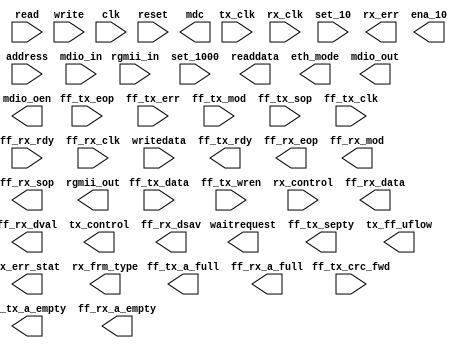
module tse_mac (
	ff_tx_data,
	ff_tx_eop,
	ff_tx_err,
	ff_tx_mod,
	ff_tx_sop,
	ff_tx_wren,
	ff_tx_clk,
	ff_rx_rdy,
	ff_rx_clk,
	address,
	read,
	writedata,
	write,
	clk,
	reset,
	rgmii_in,
	rx_control,
	tx_clk,
	rx_clk,
	set_10,
	set_1000,
	mdio_in,
	ff_tx_crc_fwd,
	ff_tx_rdy,
	ff_rx_data,
	ff_rx_dval,
	ff_rx_eop,
	ff_rx_mod,
	ff_rx_sop,
	rx_err,
	readdata,
	waitrequest,
	rgmii_out,
	tx_control,
	ena_10,
	eth_mode,
	mdio_out,
	mdio_oen,
	mdc,
	ff_tx_septy,
	tx_ff_uflow,
	ff_tx_a_full,
	ff_tx_a_empty,
	rx_err_stat,
	rx_frm_type,
	ff_rx_dsav,
	ff_rx_a_full,
	ff_rx_a_empty);

	input	[31:0]	ff_tx_data;
	input		ff_tx_eop;
	input		ff_tx_err;
	input	[1:0]	ff_tx_mod;
	input		ff_tx_sop;
	input		ff_tx_wren;
	input		ff_tx_clk;
	input		ff_rx_rdy;
	input		ff_rx_clk;
	input	[7:0]	address;
	input		read;
	input	[31:0]	writedata;
	input		write;
	input		clk;
	input		reset;
	input	[3:0]	rgmii_in;
	input		rx_control;
	input		tx_clk;
	input		rx_clk;
	input		set_10;
	input		set_1000;
	input		mdio_in;
	input		ff_tx_crc_fwd;
	output		ff_tx_rdy;
	output	[31:0]	ff_rx_data;
	output		ff_rx_dval;
	output		ff_rx_eop;
	output	[1:0]	ff_rx_mod;
	output		ff_rx_sop;
	output	[5:0]	rx_err;
	output	[31:0]	readdata;
	output		waitrequest;
	output	[3:0]	rgmii_out;
	output		tx_control;
	output		ena_10;
	output		eth_mode;
	output		mdio_out;
	output		mdio_oen;
	output		mdc;
	output		ff_tx_septy;
	output		tx_ff_uflow;
	output		ff_tx_a_full;
	output		ff_tx_a_empty;
	output	[17:0]	rx_err_stat;
	output	[3:0]	rx_frm_type;
	output		ff_rx_dsav;
	output		ff_rx_a_full;
	output		ff_rx_a_empty;
endmodule